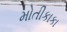
મોતીકાકા